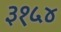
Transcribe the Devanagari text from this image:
३१५४